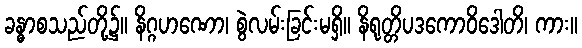
ခန္ဓာစသည်တို့၌။ နိဂ္ဂဟဏော၊ စွဲလမ်းခြင်းမရှိ။ နိရုတ္တိပဒကောဝိဒေါတိ၊ ကား။